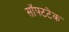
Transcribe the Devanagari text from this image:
सॉफ्टटेक